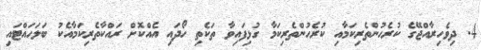
4. ދިވެހިރާއްޖޭގެ ކުރެހުންތެރިކަމާއި ކުރެހުންތެރިކަމާ ގުޅިފައިވާ ތަކެތި ހޯދައި އެއްކޮށް ރައްކާތެރިކަމާއެކު ބަލަހައްޓައި